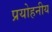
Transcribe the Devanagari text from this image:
प्रयोहनीय